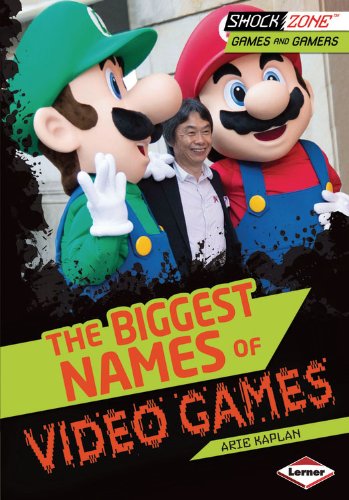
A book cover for The Biggest Names of Video Games (Shockzone - Games and Gamers); Arie Kaplan; Children's Books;